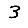
Digit: 3